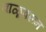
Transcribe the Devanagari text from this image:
वाळूवरून